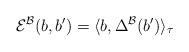
LaTeX: \begin{gather*}{\mathcal E}^{\mathcal B}(b, b')=\langle b, \Delta^{\mathcal B}(b')\rangle_\tau\end{gather*}